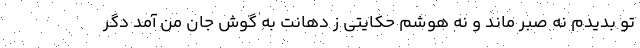
تو بدیدم نه صبر ماند و نه هوشم حکایتی ز دهانت به گوش جان من آمد دگر